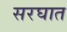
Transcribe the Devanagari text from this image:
सरघात